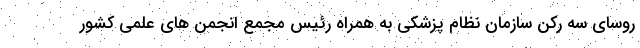
روسای سه رکن سازمان نظام پزشکی به همراه رئیس مجمع انجمن های علمی کشور